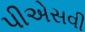
પીએસવી